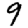
Digit: 9